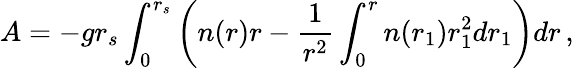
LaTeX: A=-gr_{s}\int_{0}^{r_{s}}\left(n(r)r-\frac 1{r^{2}}\int_{0}^{r}n(r_{1})r_{1}^{2}dr_{1}\right)dr\, ,